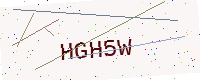
Text: HGH5W